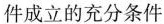
件成立的充分条件